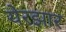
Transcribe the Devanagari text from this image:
येरझार